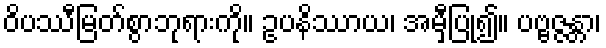
ဝိပဿီမြတ်စွာဘုရားကို။ ဥပနိဿာယ၊ အမှီပြု၍။ ပဗ္ဗဇ္ဇန္တာ၊